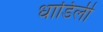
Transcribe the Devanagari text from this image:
धाडिली